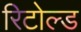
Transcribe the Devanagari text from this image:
रिटोल्ड